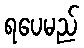
ရပေမည်